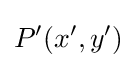
P'(x',y')